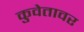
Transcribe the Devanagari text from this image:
कुवेतावर